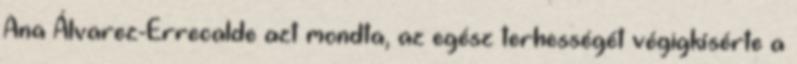
Ana Álvarez-Errecalde azt mondta, az egész terhességét végigkísérte a